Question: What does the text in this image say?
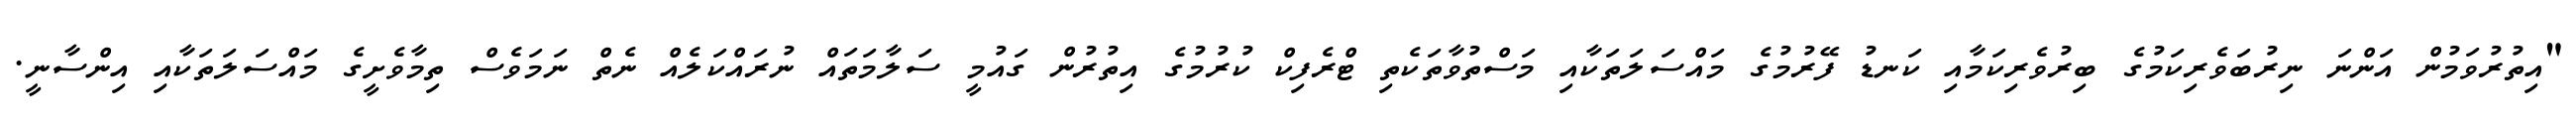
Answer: "އިތުރުވަމުން އަންނަ ނިރުބަވެރިކަމުގެ ބިރުވެރިކަމާއި ކަނޑު ފޭރުމުގެ މައްސަލަތަކާއި މަސްތުވާތަކެތި ޓްރެފިކް ކުރުމުގެ އިތުރުން ގައުމީ ސަލާމަތައް ނުރައްކަލެއް ނެތް ނަމަވެސް ތިމާވެށީގެ މައްސަލަތަކާއި އިންސާނީ.